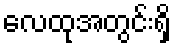
လေထုအတွင်းရှိ